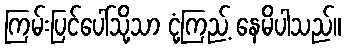
ကြမ်းပြင်ပေါ်သို့သာ ငုံ့ကြည့် နေမိပါသည်။